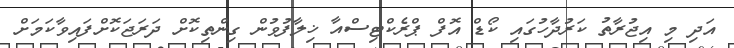
އަދި މި އިޖުރާތު ކަރުދާހުގައި ކޯޑް އޮފް ޕްރެކްޓިސްއާ ޚިލާފުވުން ގިންތިކޮށް ދަރަޖަކޮށްފައިވާކަމަށް